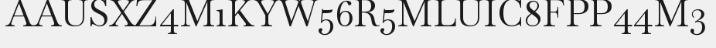
AAUSXZ4M1KYW56R5MLUIC8FPP44M3